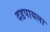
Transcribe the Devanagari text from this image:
दडपायला